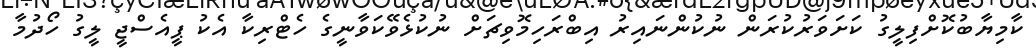
ކާމިޔާބުކޮށްފިލީގު ކަށަވަރުކުރަން ނުކުންނައިރު އިބްރަހިމޮވިޗަށް ނުކުޅެވޭކަވާނީގެ ހެޓްރިކާ އެކު ޕީއެސްޖީ ލީގު ހޯދުމާ